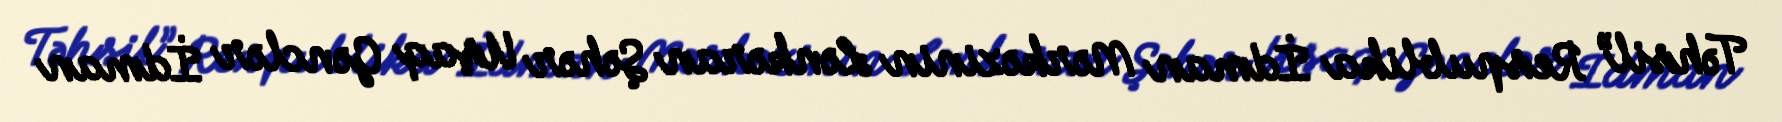
Təhsil” Respublika İdman Mərkəzinin Lənkəran Şəhər Uşaq Gənclər İdman